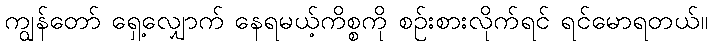
ကျွန်တော် ရှေ့လျှောက် နေရမယ့်ကိစ္စကို စဉ်းစားလိုက်ရင် ရင်မောရတယ်။